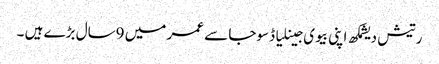
رتیش دیشمکھ اپنی بیوی جینلیا ڈسوجا سے عمر میں 9سال بڑے ہیں ۔